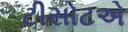
ટીસોટએ